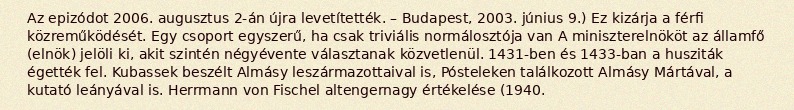
Az epizódot 2006. augusztus 2-án újra levetítették. – Budapest, 2003. június 9.) Ez kizárja a férfi közreműködését. Egy csoport egyszerű, ha csak triviális normálosztója van A miniszterelnököt az államfő (elnök) jelöli ki, akit szintén négyévente választanak közvetlenül. 1431-ben és 1433-ban a husziták égették fel. Kubassek beszélt Almásy leszármazottaival is, Pósteleken találkozott Almásy Mártával, a kutató leányával is. Herrmann von Fischel altengernagy értékelése (1940.